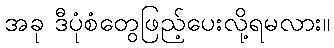
အခု ဒီပုံစံတွေဖြည့်ပေးလို့ရမလား။